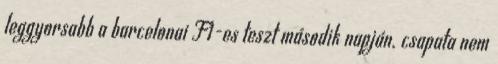
leggyorsabb a barcelonai F1-es teszt második napján. csapata nem